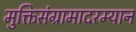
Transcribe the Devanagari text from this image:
मुक्तिसंग्रामादरम्यान